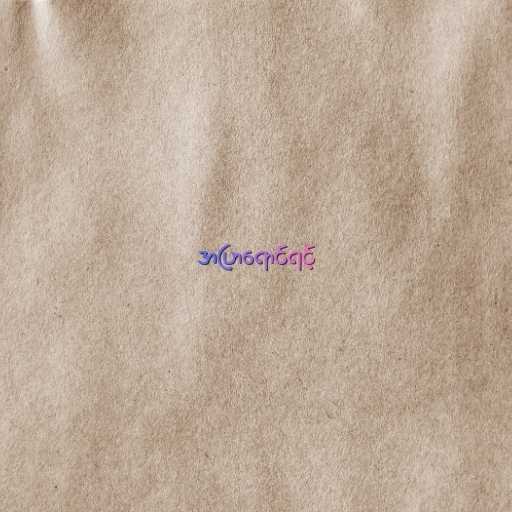
အပြာရောင်ရင့်